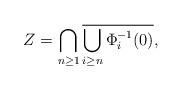
LaTeX: \begin{align*}Z=\bigcap_{n\geq 1}\overline{\bigcup_{i\geq n}\Phi_i^{-1}(0)},\end{align*}